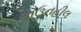
ડાઉનહીલ